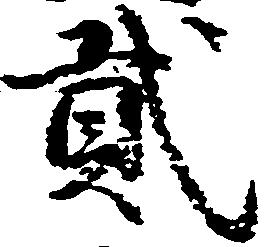
弐